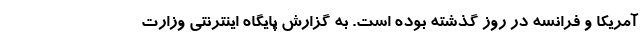
آمریکا و فرانسه در روز گذشته بوده است. به گزارش پایگاه اینترنتی وزارت